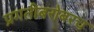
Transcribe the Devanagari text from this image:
प्रगतीबरोबरच